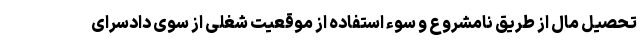
تحصیل مال از طریق نامشروع و سوء استفاده از موقعیت شغلی از سوی دادسرای